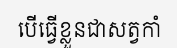
បើធ្វើខ្លួនជាសត្វកាំ